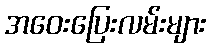
အဝေးပြေးလမ်းများ